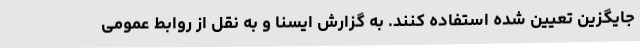
جایگزین تعیین شده استفاده کنند. به گزارش ایسنا و به نقل از روابط عمومی